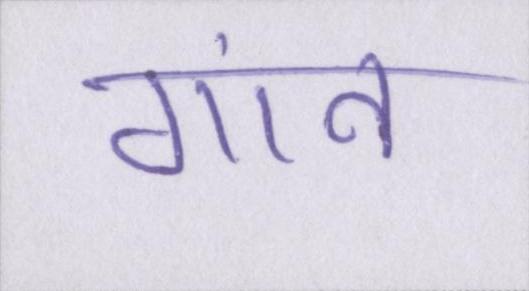
गांव